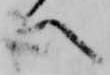
へ